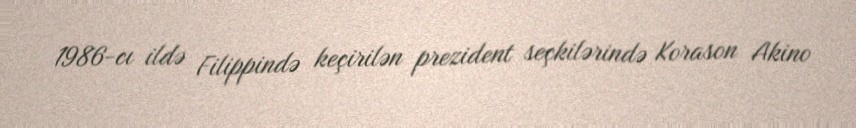
1986-cı ildə Filippində keçirilən prezident seçkilərində Korason Akino